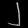
Digit: ၂